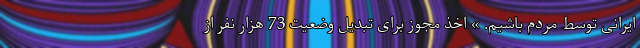
ایرانی توسط مردم باشیم. » اخذ مجوز برای تبدیل وضعیت 73 هزار نفر از